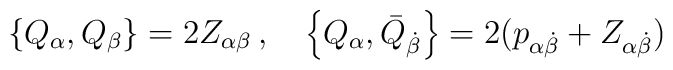
\left\{ Q_\alpha , Q_\beta \right\} =2Z_{\alpha\beta} \, , \quad\left\{ Q_\alpha , \bar Q_{\dot\beta} \right\}=2(p_{\alpha\dot\beta} + Z_{\alpha\dot\beta})